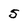
Character: 5